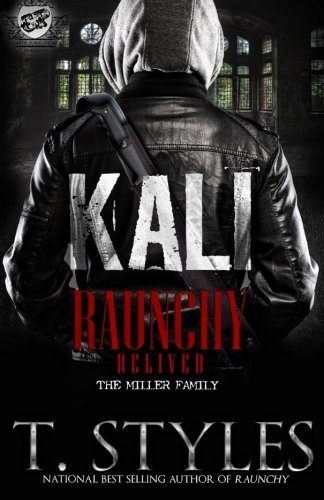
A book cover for Kali: Raunchy Relived (The Cartel Publications Presents); T. Styles; Literature & Fiction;